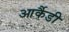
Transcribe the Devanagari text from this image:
आर्कैडी